65_HS1-834228961_62-HQ-83894_Section_2
Agency: FBI
Page 22
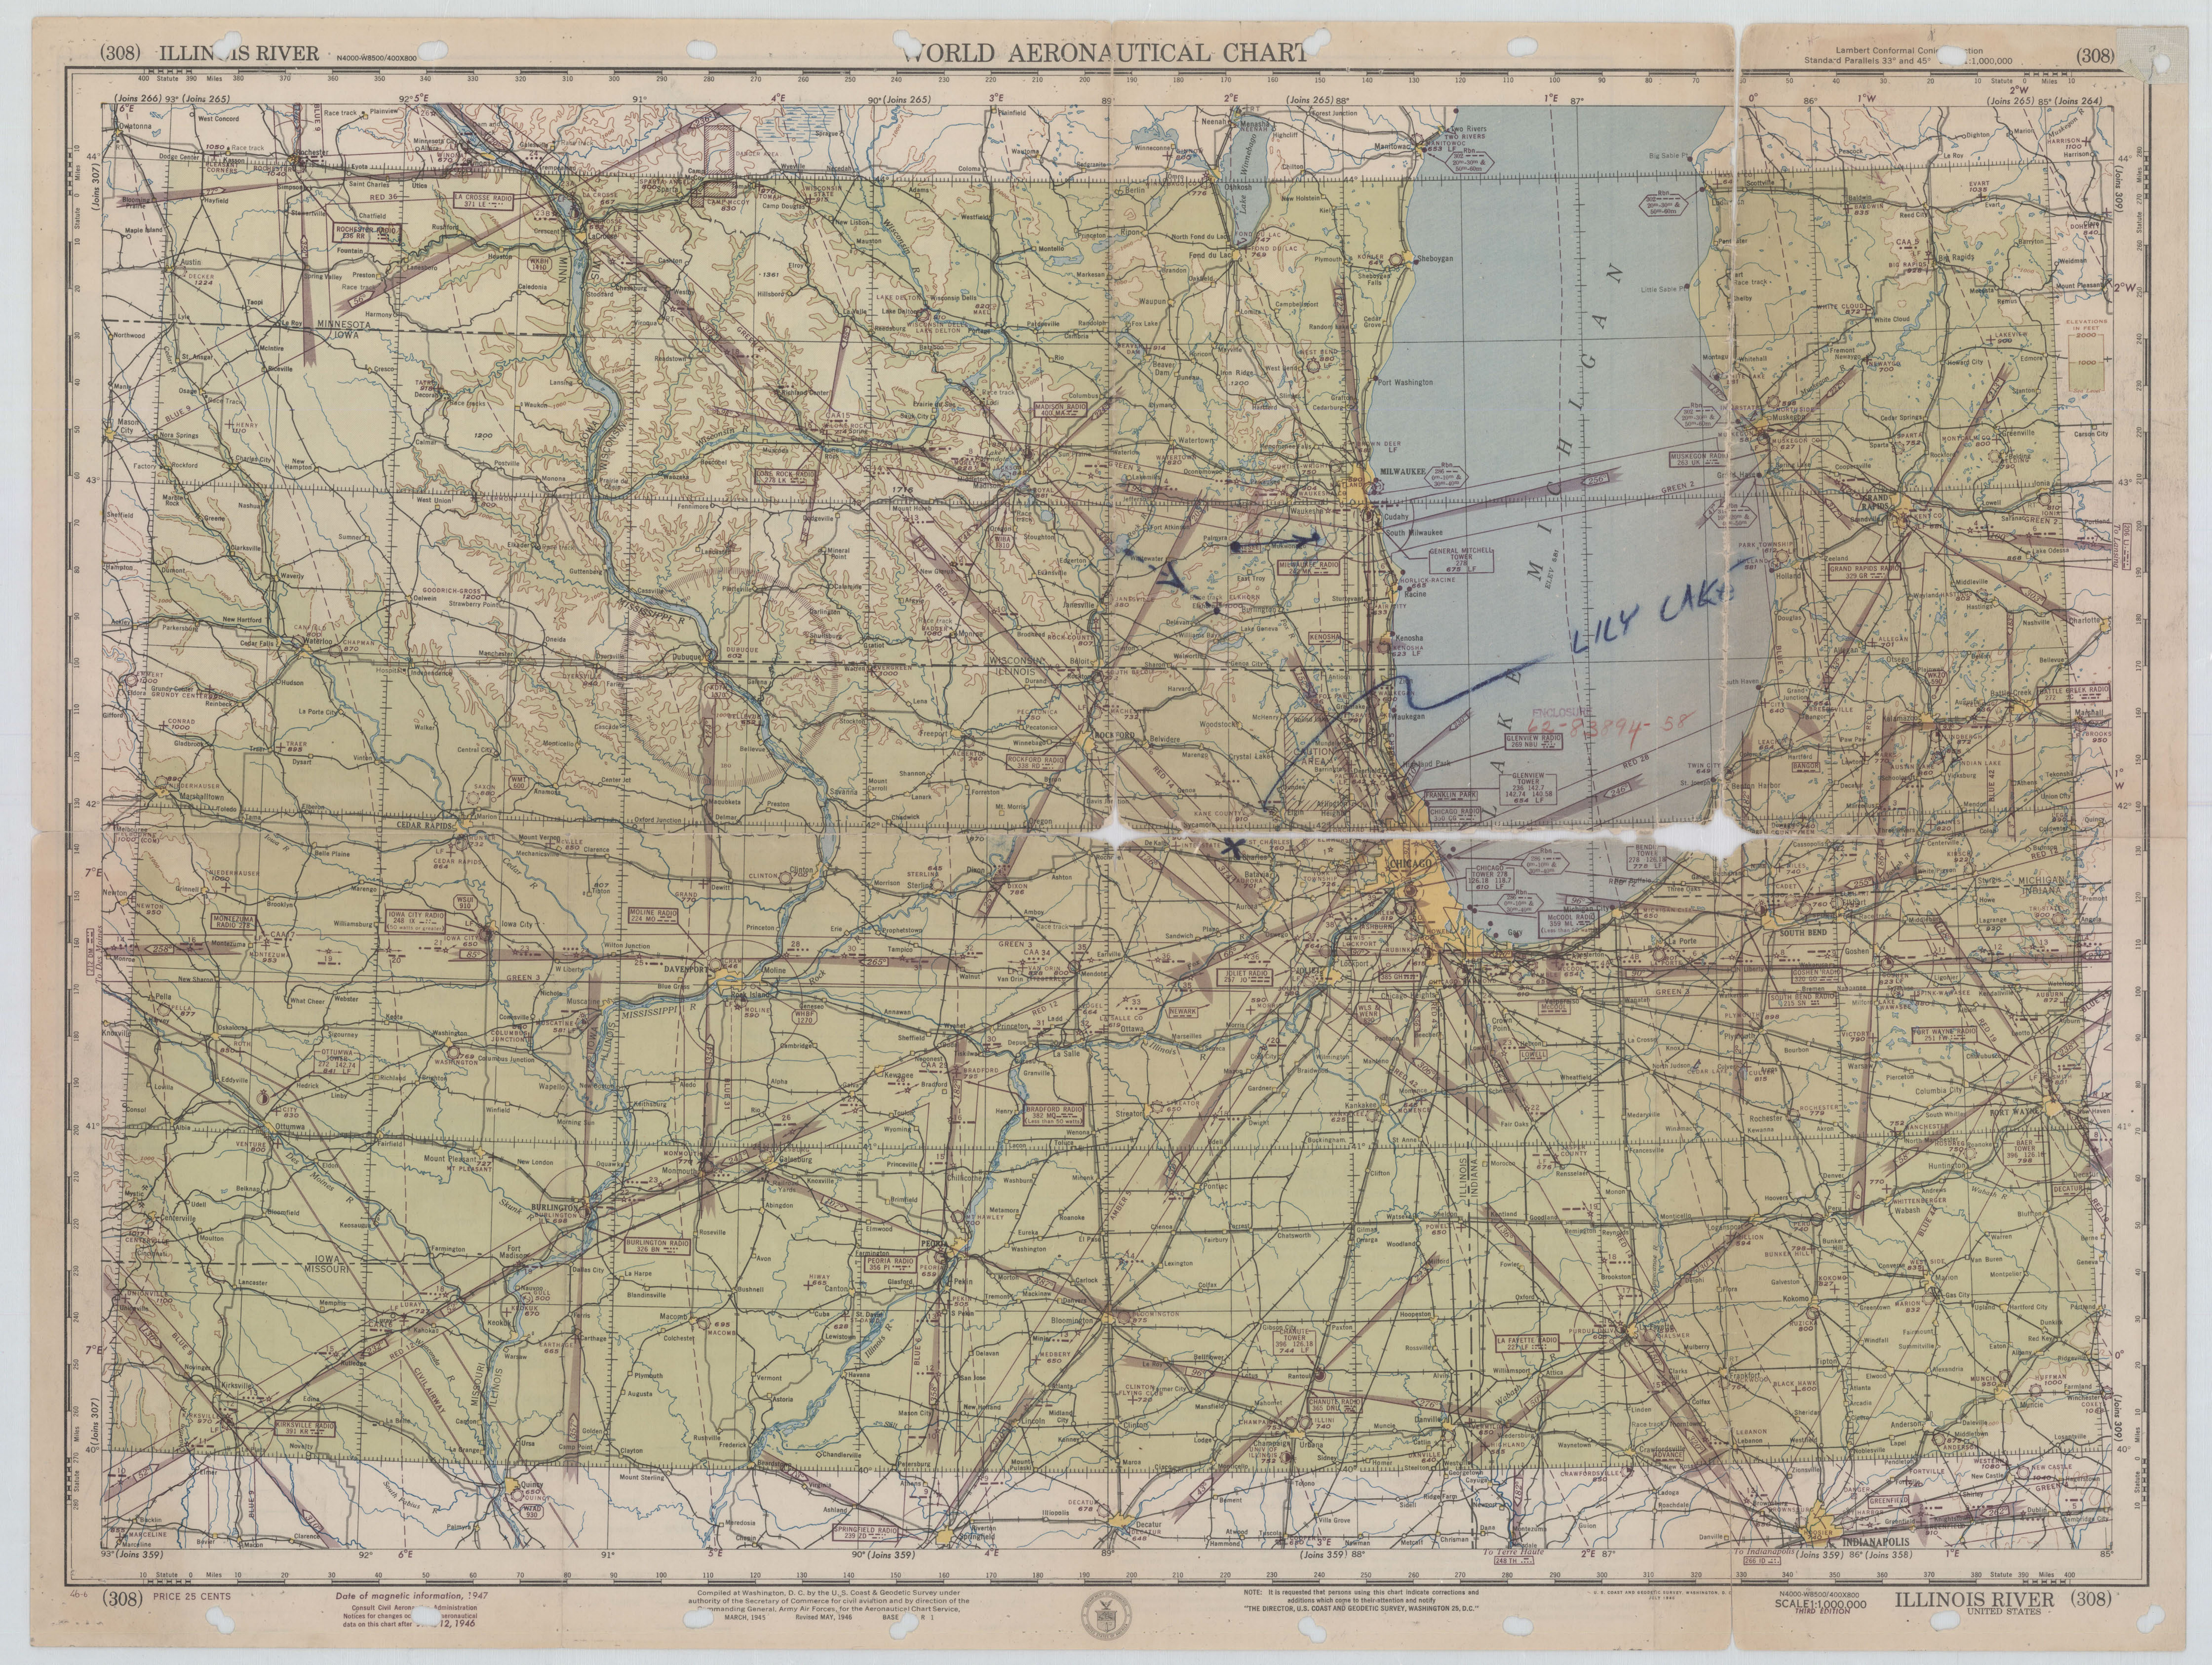